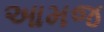
આમજ